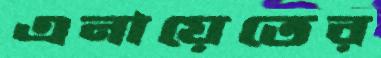
এনায়েতের